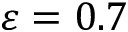
\varepsilon = 0 . 7